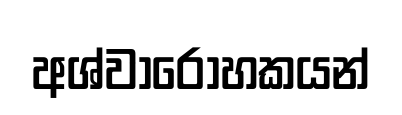
අශ්වාරෝහකයන්